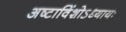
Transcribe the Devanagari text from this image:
अष्टाविंशोऽध्यायः